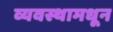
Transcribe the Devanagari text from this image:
व्यवस्थामधून